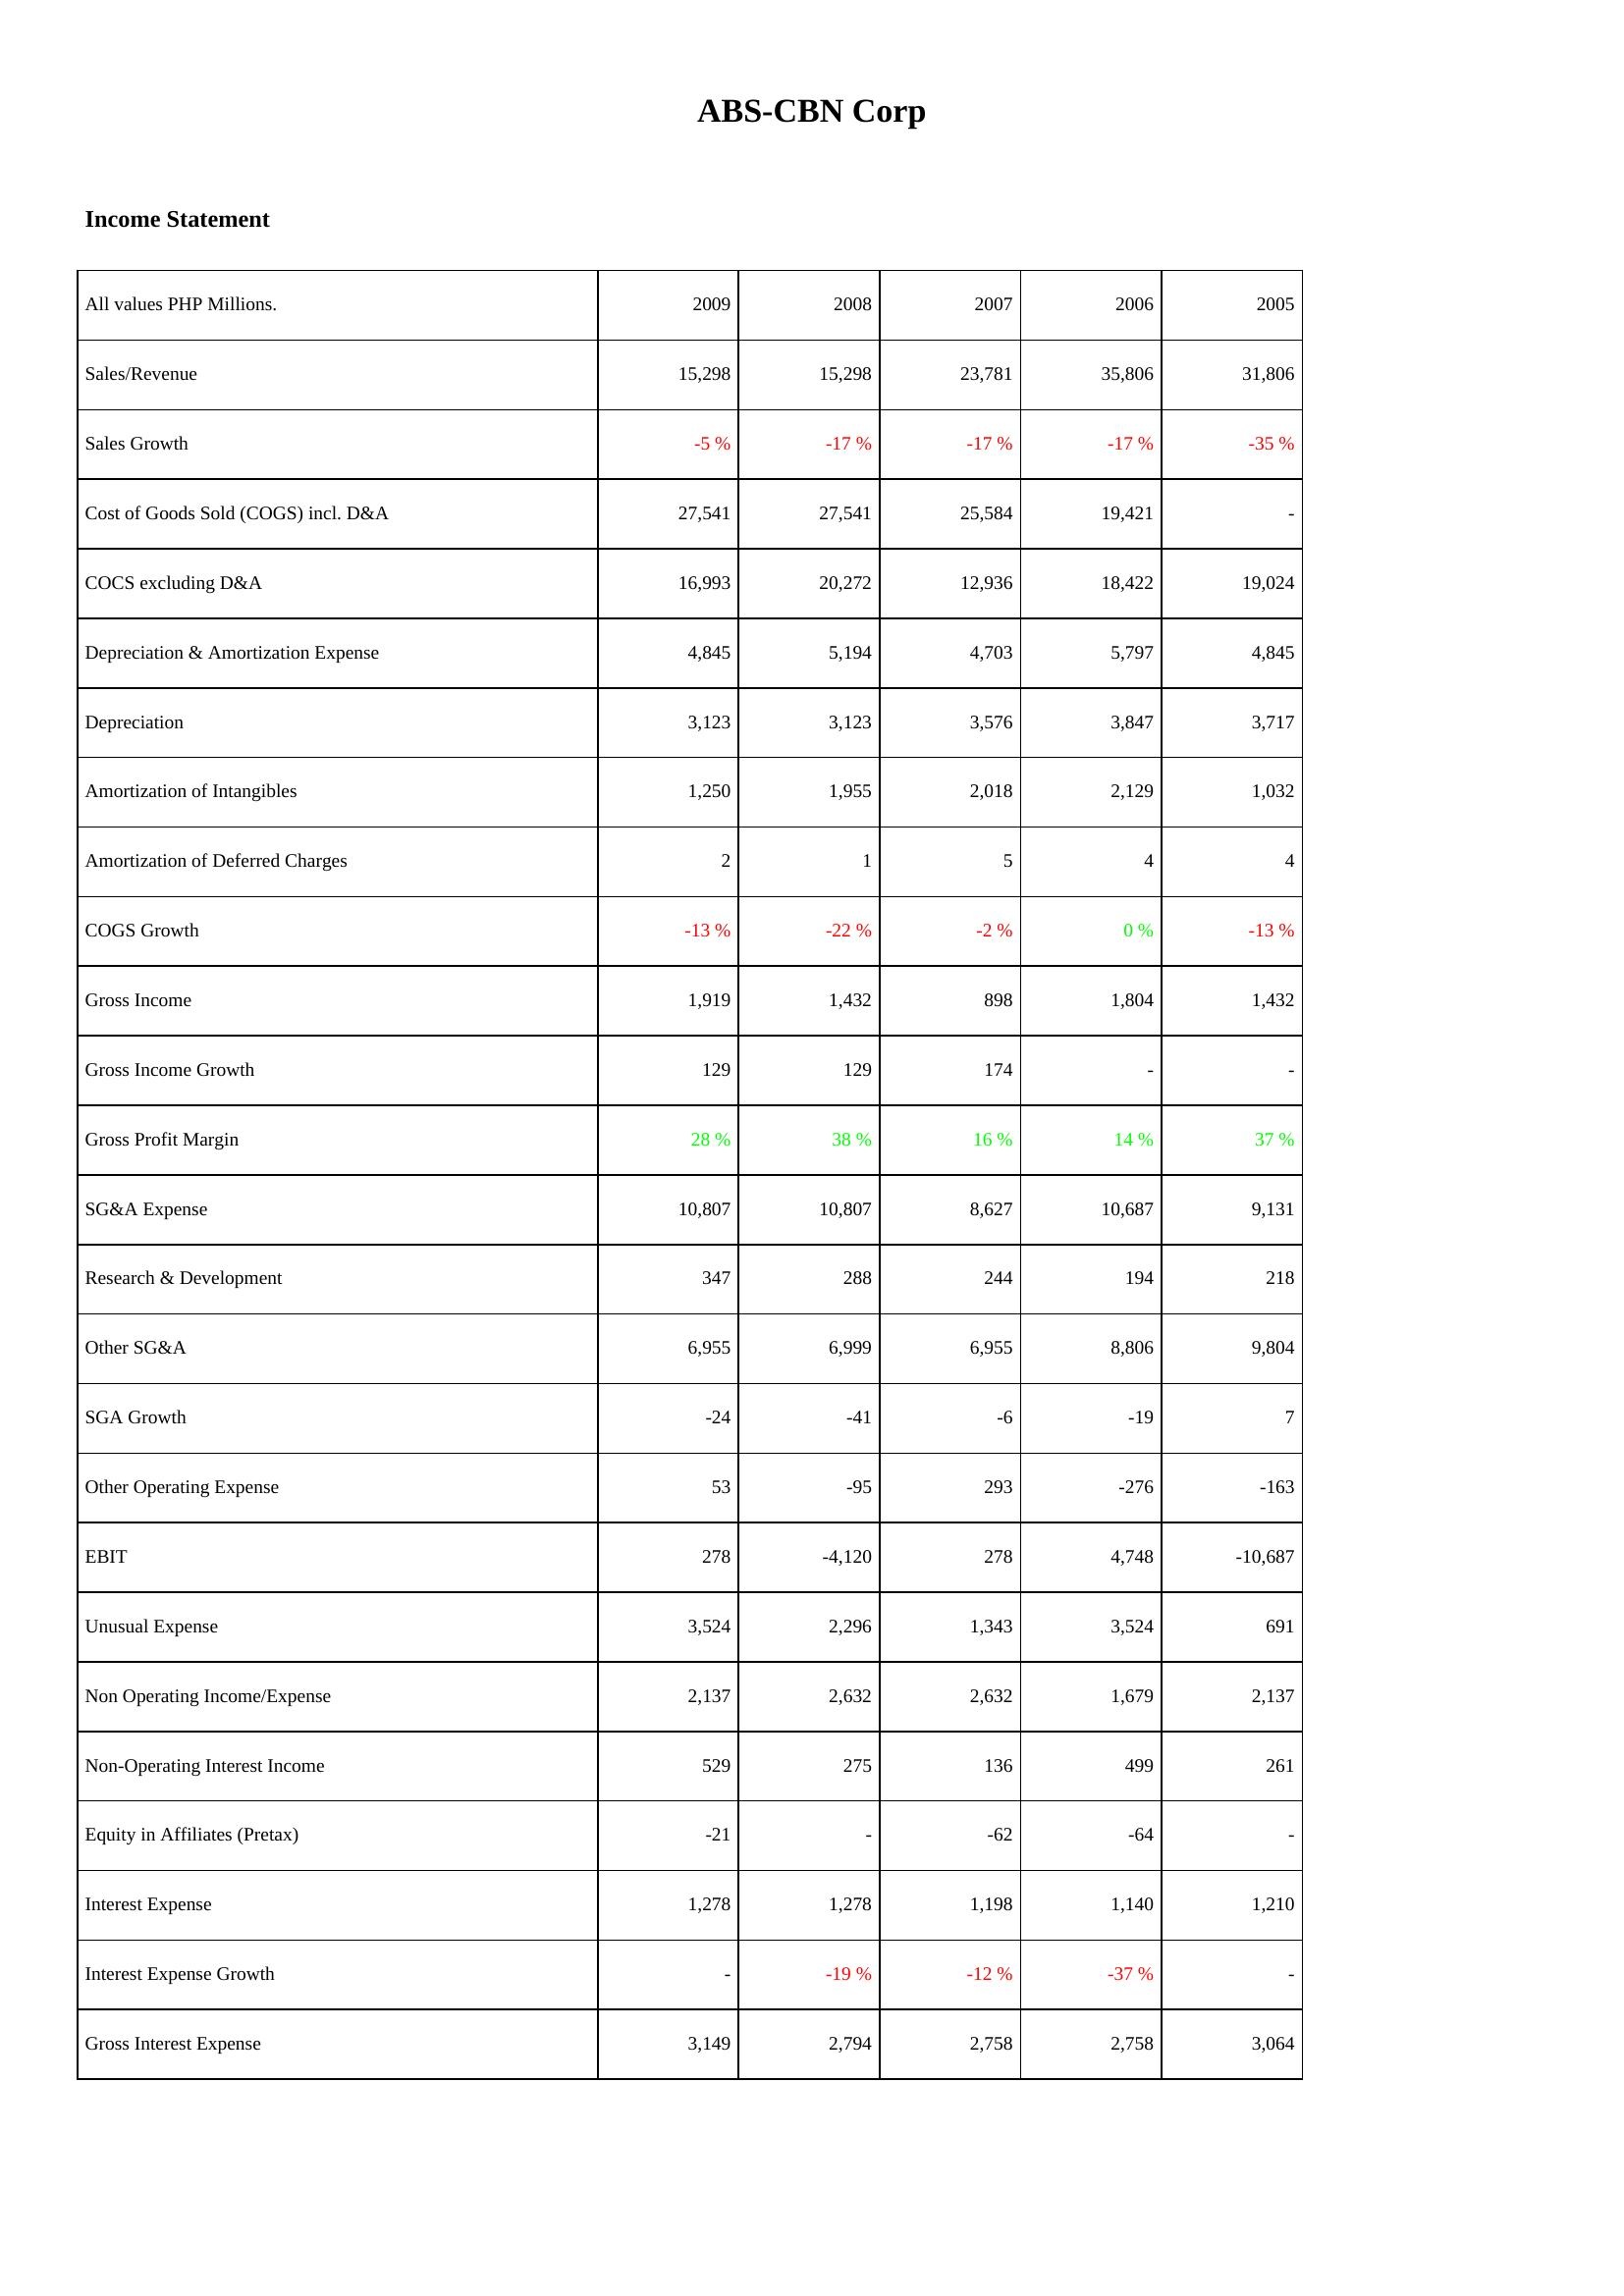
2009: Income Statement: Sales/Revenue: 15,298
Sales Growth: -5 %
Cost of Goods Sold (COGS) incl. D&A: 27,541
COCS excluding D&A: 16,993
Depreciation & Amortization Expense: 4,845
Depreciation: 3,123
Amortization of Intangibles: 1,250
Amortization of Deferred Charges: 2
COGS Growth: -13 %
Gross Income: 1,919
Gross Income Growth: 129
Gross Profit Margin: 28 %
SG&A Expense: 10,807
Research & Development: 347
Other SG&A: 6,955
SGA Growth: -24
Other Operating Expense: 53
EBIT: 278
Unusual Expense: 3,524
Non Operating Income/Expense: 2,137
Non-Operating Interest Income: 529
Equity in Affiliates (Pretax): -21
Interest Expense: 1,278
Interest Expense Growth: -
Gross Interest Expense: 3,149
2008: Income Statement: Sales/Revenue: 15,298
Sales Growth: -17 %
Cost of Goods Sold (COGS) incl. D&A: 27,541
COCS excluding D&A: 20,272
Depreciation & Amortization Expense: 5,194
Depreciation: 3,123
Amortization of Intangibles: 1,955
Amortization of Deferred Charges: 1
COGS Growth: -22 %
Gross Income: 1,432
Gross Income Growth: 129
Gross Profit Margin: 38 %
SG&A Expense: 10,807
Research & Development: 288
Other SG&A: 6,999
SGA Growth: -41
Other Operating Expense: -95
EBIT: -4,120
Unusual Expense: 2,296
Non Operating Income/Expense: 2,632
Non-Operating Interest Income: 275
Equity in Affiliates (Pretax): -
Interest Expense: 1,278
Interest Expense Growth: -19 %
Gross Interest Expense: 2,794
2007: Income Statement: Sales/Revenue: 23,781
Sales Growth: -17 %
Cost of Goods Sold (COGS) incl. D&A: 25,584
COCS excluding D&A: 12,936
Depreciation & Amortization Expense: 4,703
Depreciation: 3,576
Amortization of Intangibles: 2,018
Amortization of Deferred Charges: 5
COGS Growth: -2 %
Gross Income: 898
Gross Income Growth: 174
Gross Profit Margin: 16 %
SG&A Expense: 8,627
Research & Development: 244
Other SG&A: 6,955
SGA Growth: -6
Other Operating Expense: 293
EBIT: 278
Unusual Expense: 1,343
Non Operating Income/Expense: 2,632
Non-Operating Interest Income: 136
Equity in Affiliates (Pretax): -62
Interest Expense: 1,198
Interest Expense Growth: -12 %
Gross Interest Expense: 2,758
2006: Income Statement: Sales/Revenue: 35,806
Sales Growth: -17 %
Cost of Goods Sold (COGS) incl. D&A: 19,421
COCS excluding D&A: 18,422
Depreciation & Amortization Expense: 5,797
Depreciation: 3,847
Amortization of Intangibles: 2,129
Amortization of Deferred Charges: 4
COGS Growth: 0 %
Gross Income: 1,804
Gross Income Growth: -
Gross Profit Margin: 14 %
SG&A Expense: 10,687
Research & Development: 194
Other SG&A: 8,806
SGA Growth: -19
Other Operating Expense: -276
EBIT: 4,748
Unusual Expense: 3,524
Non Operating Income/Expense: 1,679
Non-Operating Interest Income: 499
Equity in Affiliates (Pretax): -64
Interest Expense: 1,140
Interest Expense Growth: -37 %
Gross Interest Expense: 2,758
2005: Income Statement: Sales/Revenue: 31,806
Sales Growth: -35 %
Cost of Goods Sold (COGS) incl. D&A: -
COCS excluding D&A: 19,024
Depreciation & Amortization Expense: 4,845
Depreciation: 3,717
Amortization of Intangibles: 1,032
Amortization of Deferred Charges: 4
COGS Growth: -13 %
Gross Income: 1,432
Gross Income Growth: -
Gross Profit Margin: 37 %
SG&A Expense: 9,131
Research & Development: 218
Other SG&A: 9,804
SGA Growth: 7
Other Operating Expense: -163
EBIT: -10,687
Unusual Expense: 691
Non Operating Income/Expense: 2,137
Non-Operating Interest Income: 261
Equity in Affiliates (Pretax): -
Interest Expense: 1,210
Interest Expense Growth: -
Gross Interest Expense: 3,064